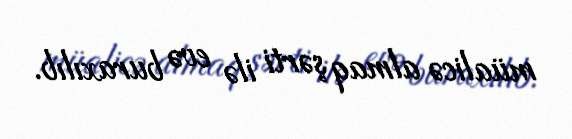
müalicə almaq şərti ilə evə buraxılıb.